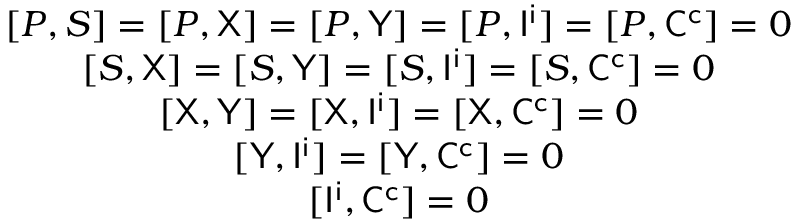
\begin{array} { c } { { [ { \cal P } , S ] = [ { \cal P } , { \sf X } ] = [ { \cal P } , { \sf Y } ] = [ { \cal P } , { \sf I } ^ { \sf i } ] = [ { \cal P } , { \sf C } ^ { \sf c } ] = 0 } } \\ { { [ S , { \sf X } ] = [ S , { \sf Y } ] = [ S , { \sf I } ^ { \sf i } ] = [ S , { \sf C } ^ { \sf c } ] = 0 } } \\ { { [ { \sf X } , { \sf Y } ] = [ { \sf X } , { \sf I } ^ { \sf i } ] = [ { \sf X } , { \sf C } ^ { \sf c } ] = 0 } } \\ { { [ { \sf Y } , { \sf I } ^ { \sf i } ] = [ { \sf Y } , { \sf C } ^ { \sf c } ] = 0 } } \\ { { [ { \sf I } ^ { \sf i } , { \sf C } ^ { \sf c } ] = 0 } } \end{array}